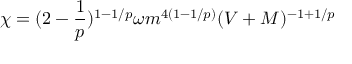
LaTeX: \chi = ( 2 - \frac { 1 } { p } ) ^ { 1 - 1 / p } \omega m ^ { 4 ( 1 - 1 / p ) } ( V + M ) ^ { - 1 + 1 / p }